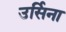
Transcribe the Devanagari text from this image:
उर्सिना